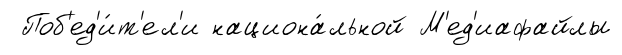
Поб'ед'и́т'ел'и национа́льной М'ед'иафайлы